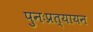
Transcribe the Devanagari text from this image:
पुनःप्रत्यायन